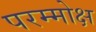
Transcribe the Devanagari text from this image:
परम्मोक्ष